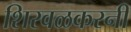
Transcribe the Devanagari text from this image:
शिरवळकरनी